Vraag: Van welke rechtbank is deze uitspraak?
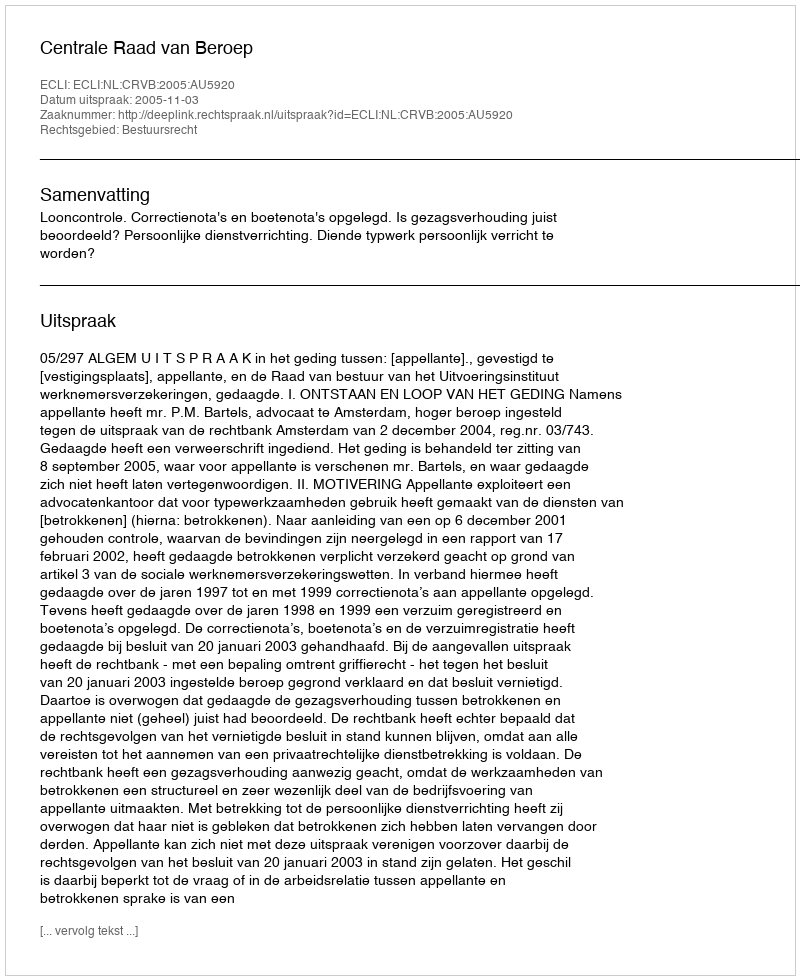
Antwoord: Centrale Raad van Beroep